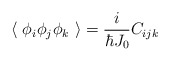
\begin{align*}\langle~\phi_i \phi_j \phi_k ~\rangle = \frac{i}{\hbar J_0} C_{ijk}\end{align*}